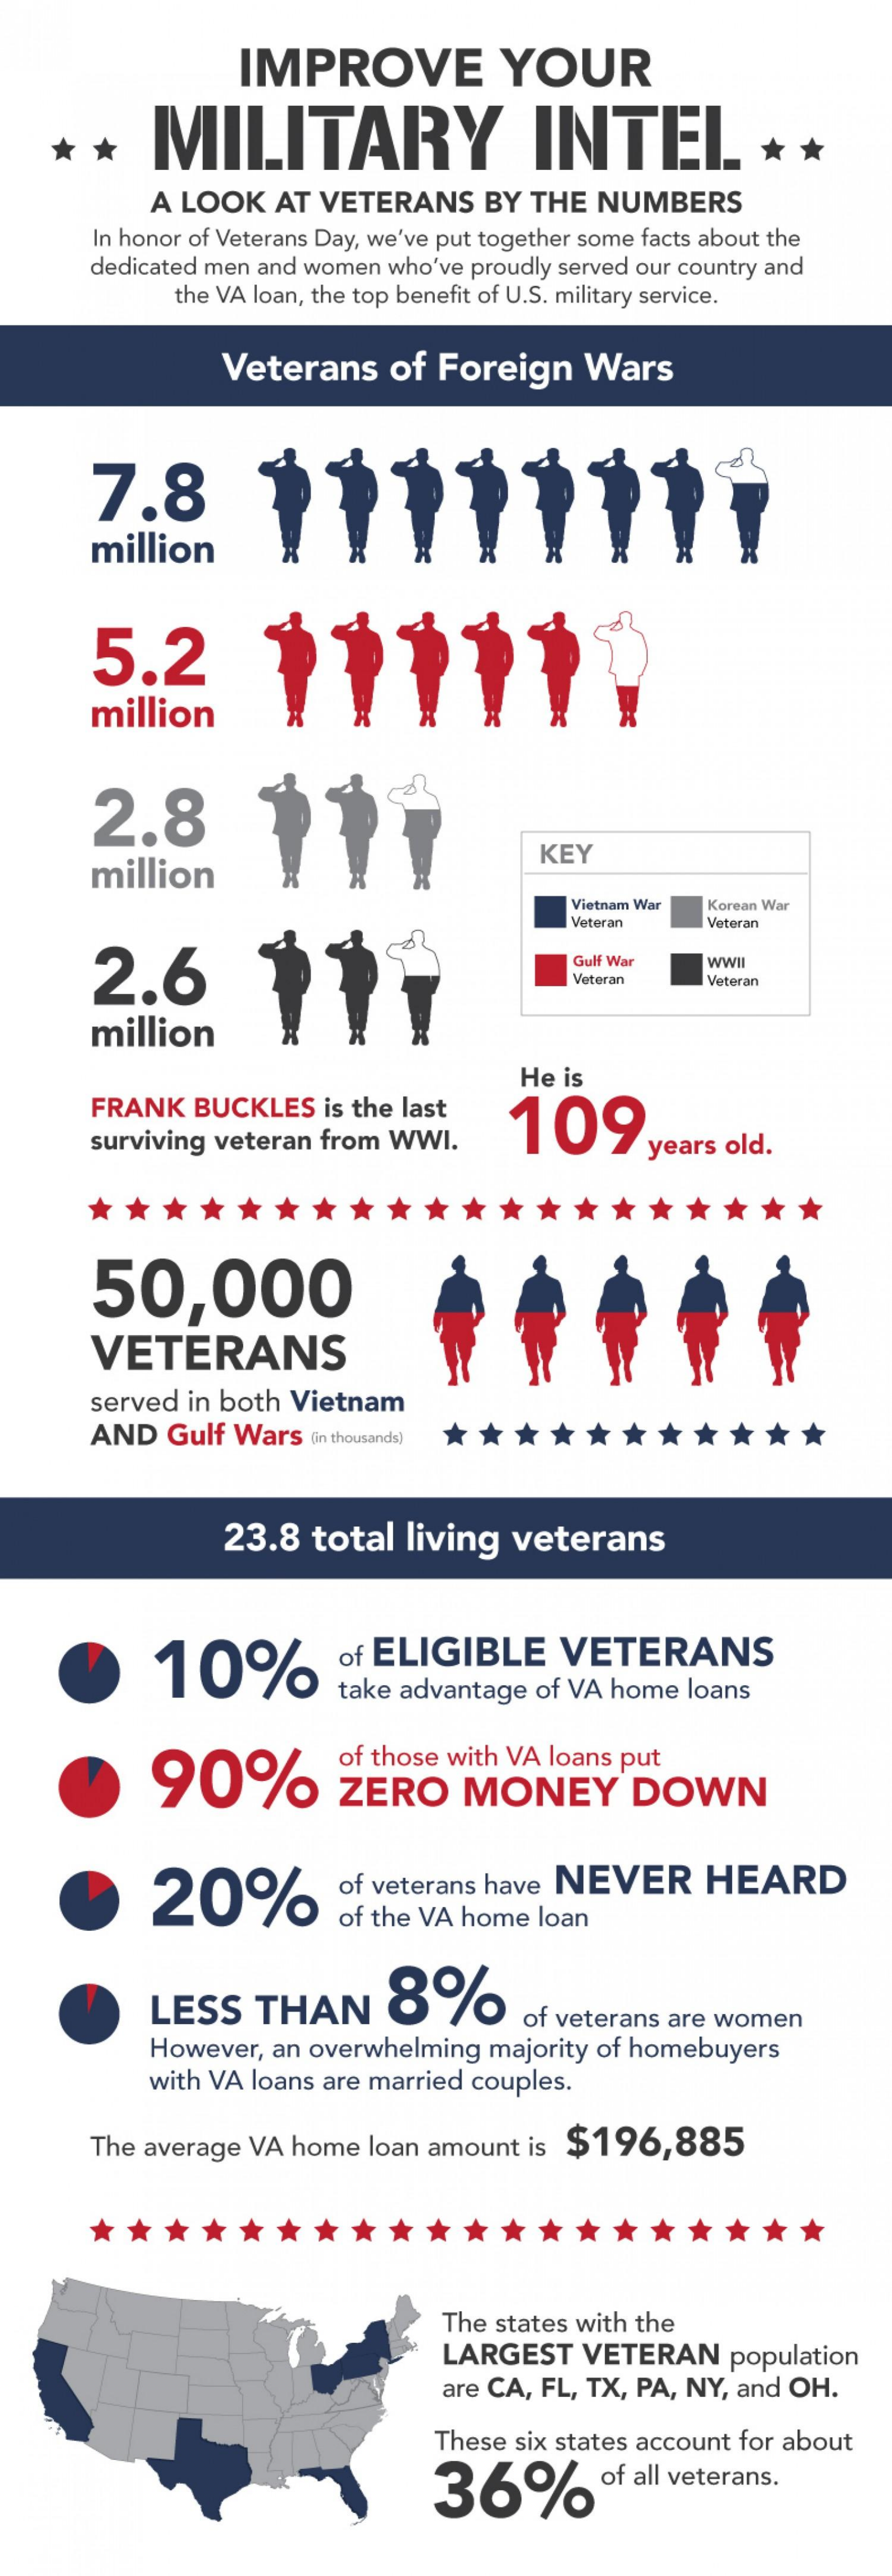
IMPROVE    YOUR
     MILITARY    INTEL * *    *  *
     A LOOK   AT VETERANS    BY  THE NUMBERS
     In honor of Veterans Day, we've put together some facts about the
     dedicated men and women who've proudly served our country and
     the VA loan, the top benefit of U.S. military service.
     Veterans    of Foreign    Wars
     7.8
     million
     5.2
     million
     2.8
     million
     KEY
     Vietnam War
     Veteran
     Korean War
     Veteran
     2.6
     Gulf War  WWI
     Veteran   Veteran
     million
     He is
     FRANK   BUCKLES   is the last
     109
     surviving veteran from WWI.    years old.
     *  ******    *  * *  *  *  *  * *  *  *  *  *  *
     50,000
     VETERANS
     served in both Vietnam
     AND   Gulf Wars  (in thousands) ***********
     23.8   total  living  veterans
     10%
     of ELIGIBLE    VETERANS
     take advantage of VA home loans
     of those with VA loans put
     90%    ZERO    MONEY    DOWN
     20%    of veterans have NEVER    HEARD
     of the VA home loan
     LESS   THAN    8%
     of veterans are women
     However, an overwhelming majority of homebuyers
     with VA loans are married couples.
     The average VA home  loan amount is $196,885
     *  ****    *  *  *  *  * *  *  *  *  *  * *  *  *  *
     The states with the
     LARGEST   VETERAN    population
     are CA, FL, TX, PA, NY, and OH.
     These six states account for about
     36%